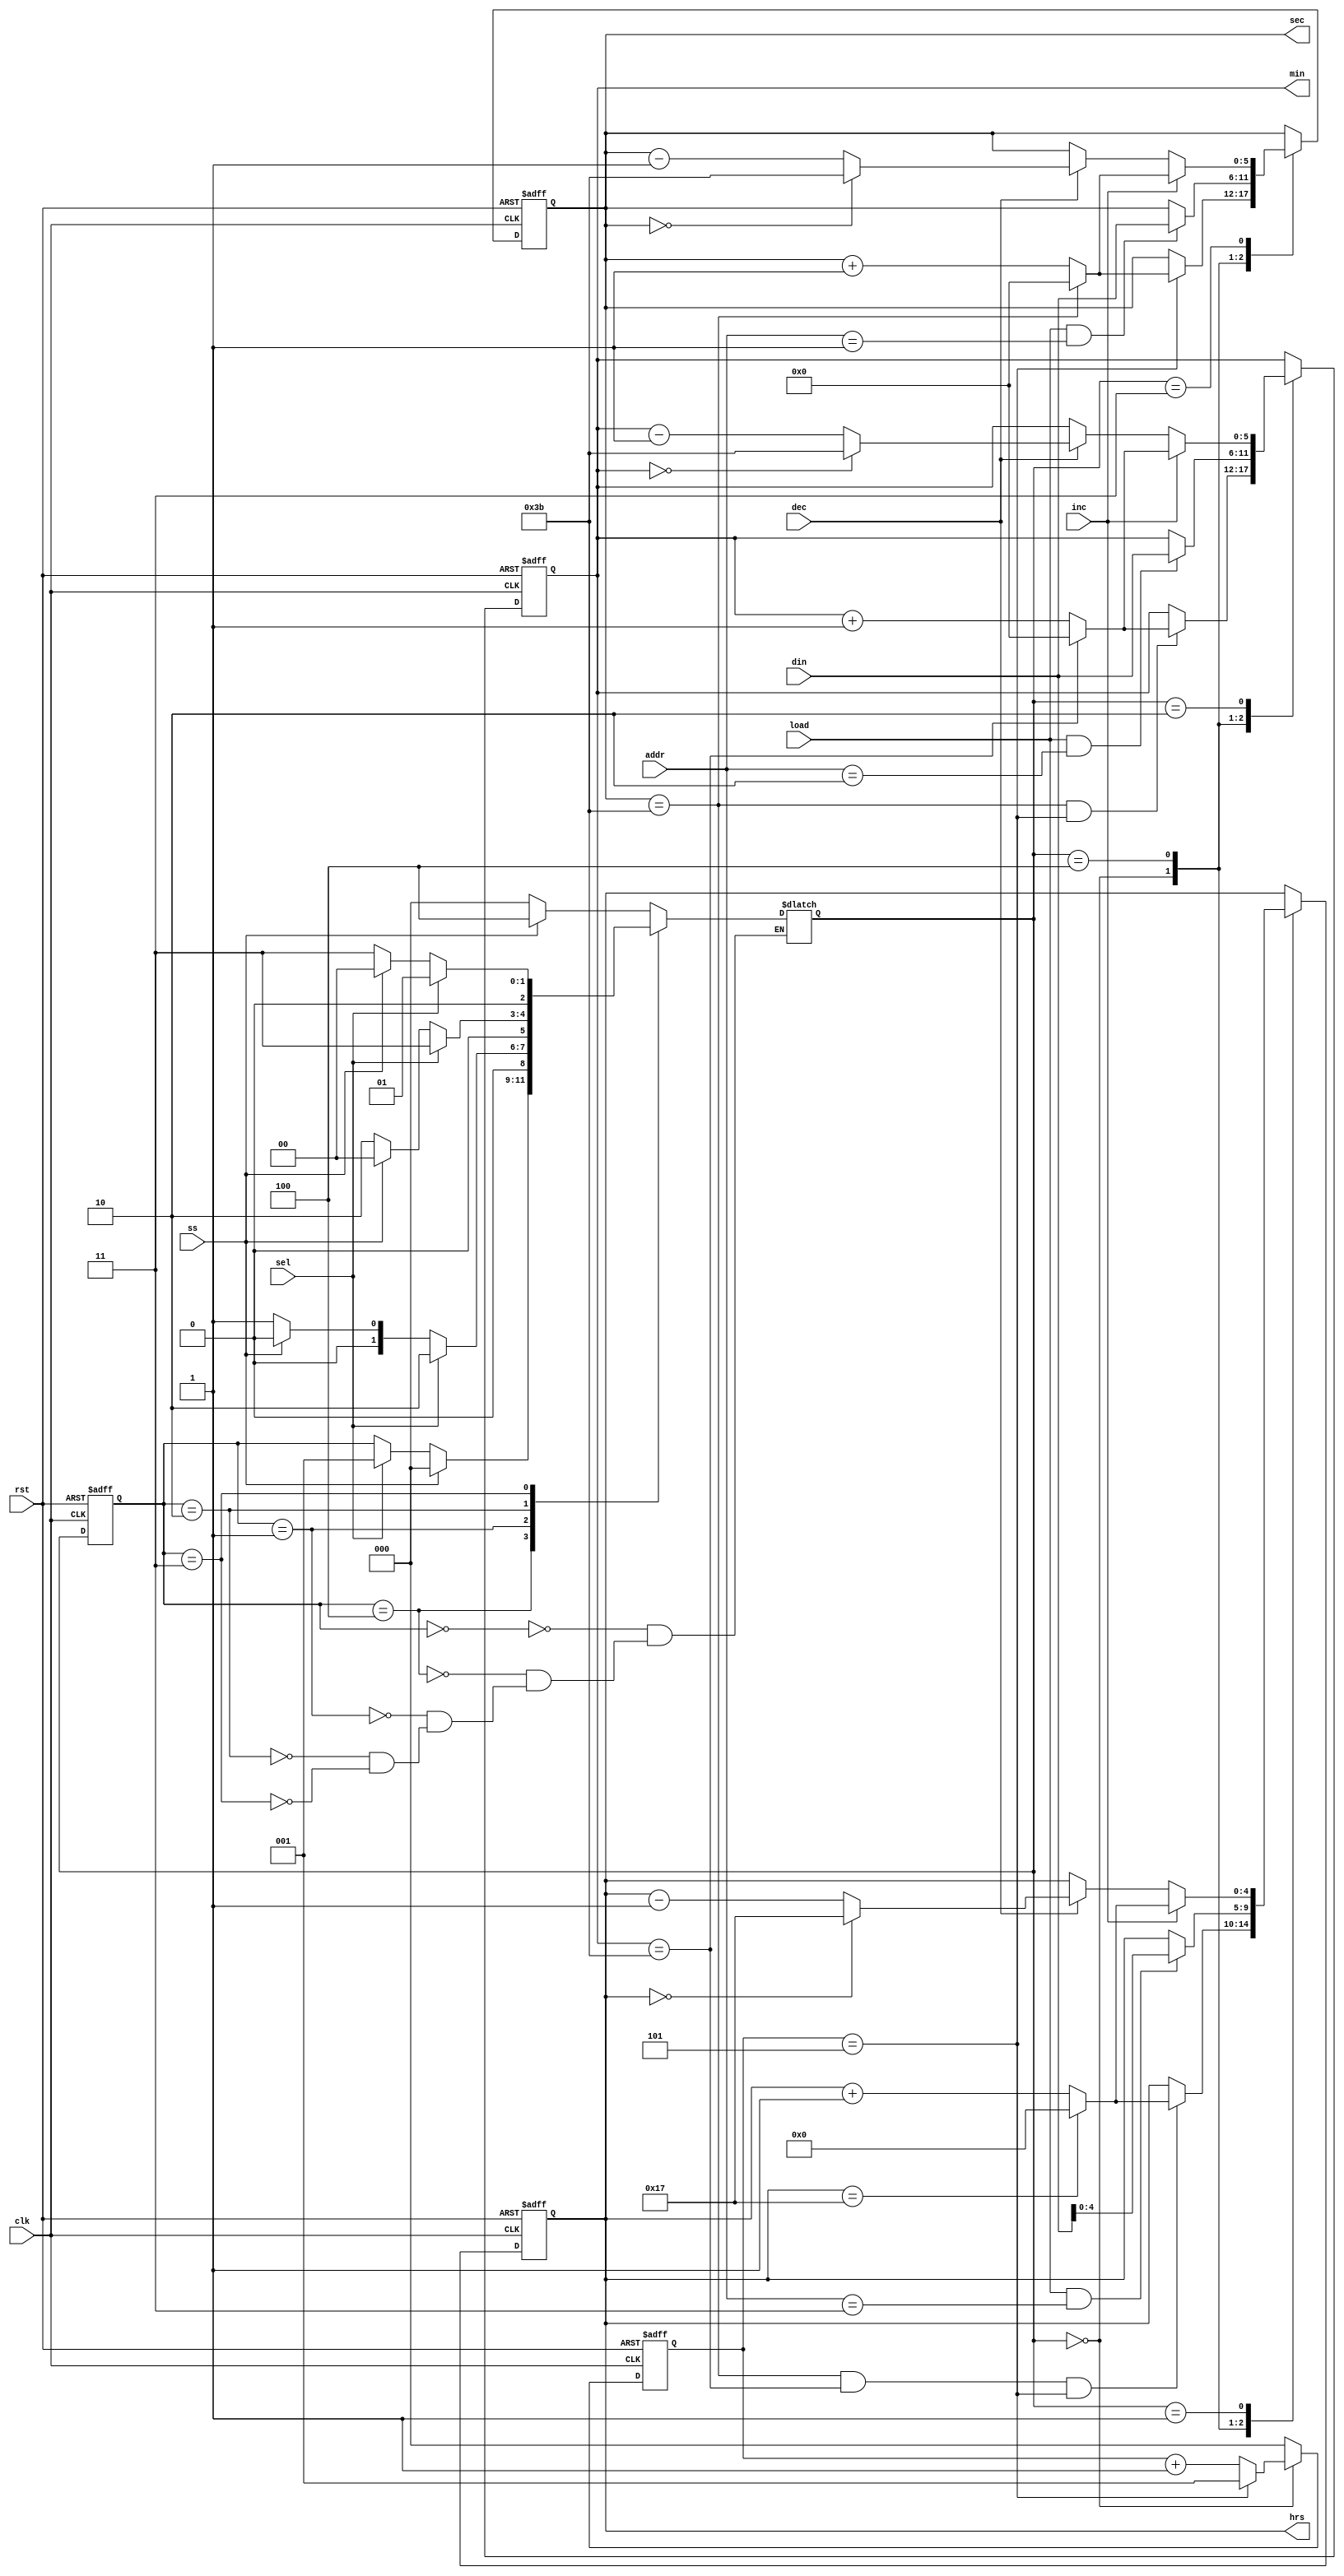
module hms_with_din(
output reg [4:0] hrs,
output reg [5:0] min, sec,
input [5:0] din,
input [1:0] addr,
input load, ss, sel, inc, dec, clk, rst
);

reg [2:0] state, state_in;
reg [2:0] icnt;
wire icnt_5;
parameter RUN = 0, HB = 1, MB = 2, SB = 3, PL = 4;

always @(posedge clk or posedge rst)
begin
	if(rst) icnt <= 1;
	else
		begin
		case(state_in)
			RUN : icnt <= (icnt==5) ? 1 : (icnt+1);
			default : icnt <= 0;
		endcase
		end
end

assign icnt_5 = (icnt==5);

always @(posedge clk or posedge rst)
begin
	if(rst)	state <= RUN;
	else	state <= state_in;
end

always @(*)
begin
	case(state)
	RUN :	state_in = ss ? PL : RUN;
	PL 	:	case(1)
				ss : state_in = RUN;
				sel : state_in = HB;
				default : state_in = state;
			endcase
	HB	:	case(1)
				sel : state_in = MB;
				ss	: state_in = RUN;
				default : state_in = HB;
			endcase
	MB 	:	case(1)
				sel : state_in = SB;
				ss	: state_in = RUN;
				default : state_in = MB;
			endcase
	SB	:	case(1)
				sel : state_in = HB;
				ss	: state_in = RUN;
				default : state_in = SB;
			endcase
	endcase
end

always @(posedge clk or posedge rst)
begin
	if(rst)	sec <= 0;
	else
		begin
		case(state_in)
			RUN	: begin
					if(icnt_5) sec <= (sec==59) ? 0 : (sec+1);
					else sec <= sec;
				  end
			PL : if(load && addr==1) sec <= din;
				 else sec <= sec;
			HB, MB : sec <= sec;
			SB : case(1)
					 inc : sec <= (sec==59) ? 0 : sec+1;
					 dec : sec <= (sec==0) ? 59 : sec-1;
				 endcase
		endcase
		end
end

always @(posedge clk or posedge rst)
begin
	if(rst)	min <= 0;
	else
		begin
		case(state_in)
			RUN	: if(sec==59 && icnt_5)	min <= (min==59) ? 0 : (min+1);
				  else min <= min;
			PL : if(load && addr==2) min <= din;
				 else min <= min;
			HB, SB : min <= min;
			MB : case(1)
					 inc : min <= (min==59) ? 0 : min+1;
					 dec : min <= (min==0) ? 59 : min-1;
				 endcase
		endcase
		end
end

always @(posedge clk or posedge rst)
begin
	if(rst)	hrs <= 0;
	else
		begin
		case(state_in)
			RUN	: if(sec==59 && min==59 && icnt_5)	hrs <= (hrs==23) ? 0 : (hrs+1);
				  else hrs <= hrs;
			PL : if(load && addr==3) hrs <= din;
				 else hrs <= hrs;
			MB, SB : hrs <= hrs;
			HB : case(1)
					 inc : hrs <= (hrs==23) ? 0 : hrs+1;
					 dec : hrs <= (hrs==0) ? 23 : hrs-1;
				 endcase
		endcase
		end
end

endmodule